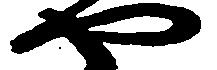
や